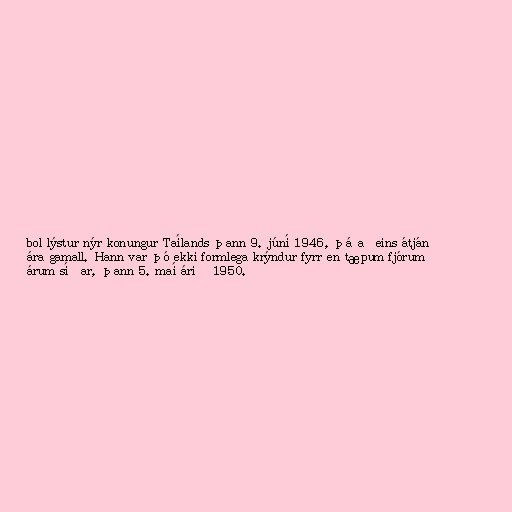
bol lýstur nýr konungur Taílands þann 9. júní 1946, þá aðeins átján
ára gamall. Hann var þó ekki formlega krýndur fyrr en tæpum fjórum
árum síðar, þann 5. maí árið 1950.